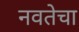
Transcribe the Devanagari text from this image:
नवतेचा